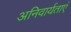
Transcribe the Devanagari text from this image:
अनिवार्यताएं